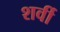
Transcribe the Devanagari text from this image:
शर्वी